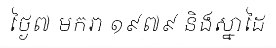
ថ្ងៃ៧ មករា ១៩៧៩ និងស្នាដៃ